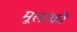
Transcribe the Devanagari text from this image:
मूलांकों